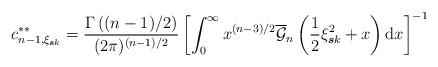
LaTeX: \begin{align*}c_{n-1,\xi_{\boldsymbol{s}k}}^{\ast\ast}=\frac{\Gamma\left((n-1)/2\right)}{(2\pi)^{(n-1)/2}}\left[\int_{0}^{\infty}x^{(n-3)/2}\overline{\mathcal{G}}_{n}\left(\frac{1}{2}\xi_{\boldsymbol{s}k}^{2}+x\right)\mathrm{d}x\right]^{-1}\end{align*}